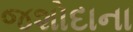
જશોદાના